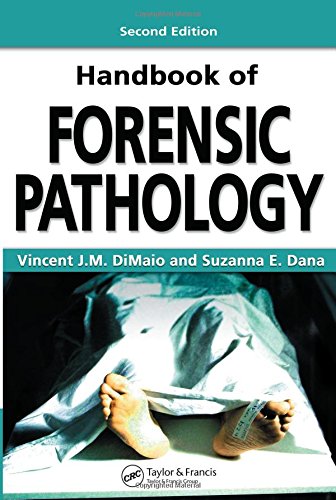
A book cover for Handbook of Forensic Pathology, Second Edition; Vincent J.M. DiMaio; Law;